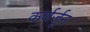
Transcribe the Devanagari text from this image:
कर्णर्जुन